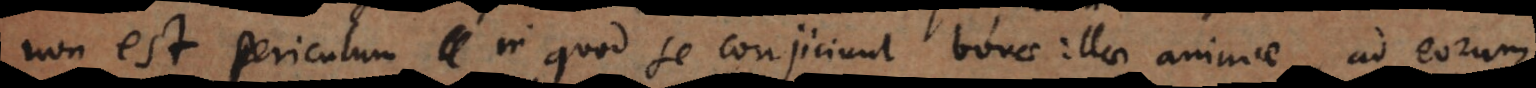
non est periculum in quod se conjiciunt bonae illae animae, ad eorum